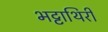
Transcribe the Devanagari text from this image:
भट्टाथिरी